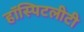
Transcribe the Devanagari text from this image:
हॉस्पिटलीटी